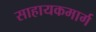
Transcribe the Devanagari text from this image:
साहायकमार्ग